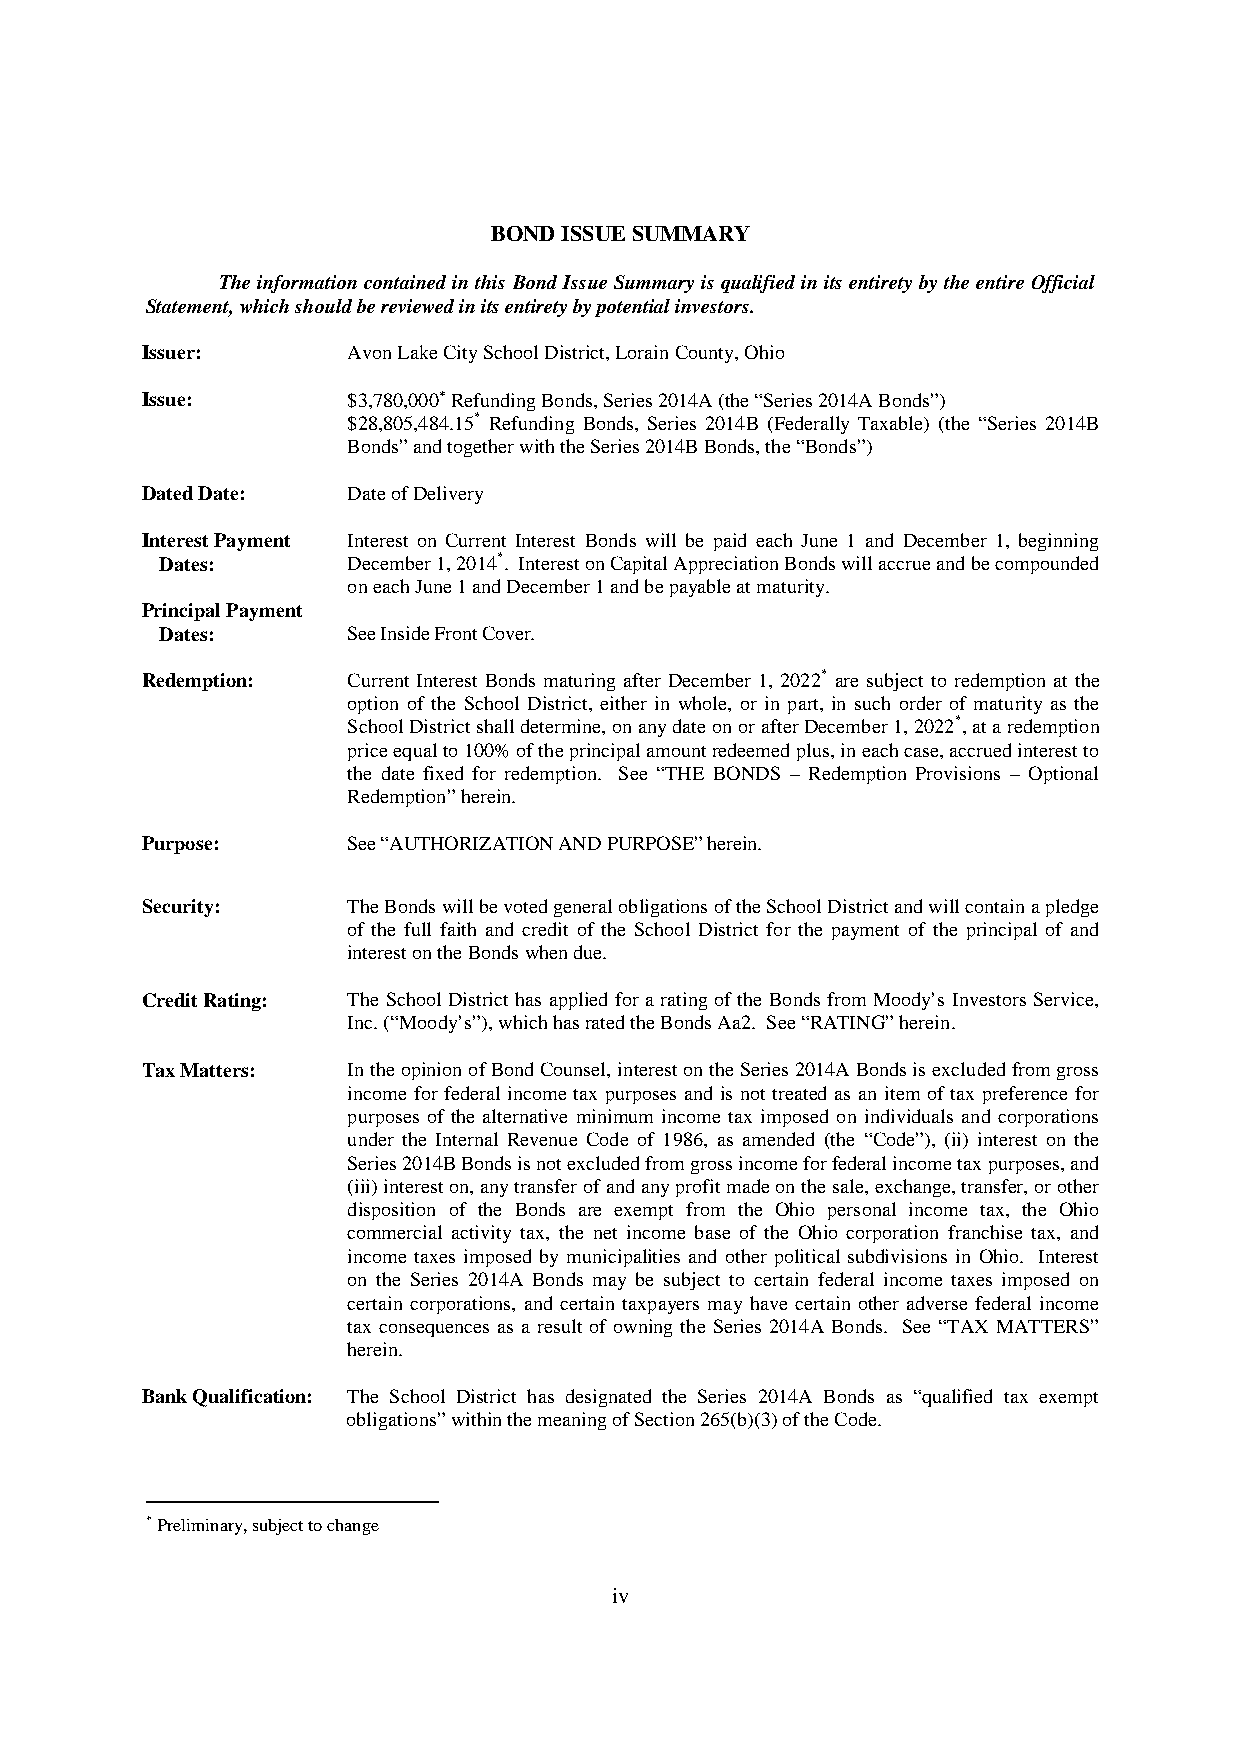
BONDISSUESUMMARY
 The informationcontainedinthis BondIssue Summaryisqualifiedinits entiretybytheentireOfficial
 Statement,whichshouldbereviewedinitsentiretybypotentialinvestors.
 Issuer:       AvonLakeCitySchoolDistrict,LorainCounty,Ohio
 Issue:        $3,780,000RefundingBonds,Series2014A(the“Series2014ABonds”)
 $28,805,484.15* Refunding Bonds, Series 2014B (Federally Taxable) (the “Series 2014B
 Bonds”andtogetherwiththeSeries2014BBonds,the“Bonds”)
 DatedDate:    DateofDelivery
 InterestPayment Interest on Current Interest Bonds will be paid each June 1 and December 1, beginning
 Dates:      December1,2014*. InterestonCapitalAppreciationBondswillaccrueandbecompounded
 oneachJune1andDecember1andbepayableatmaturity.
 PrincipalPayment
 Dates:      SeeInsideFrontCover.
 Redemption:   Current Interest Bonds maturing after December 1, 2022* are subject to redemption at the
 option of the School District, either in whole, or in part, in such order of maturity as the
 SchoolDistrictshalldetermine,onanydateonorafterDecember1,2022*,ataredemption
 priceequalto100%oftheprincipalamountredeemedplus,ineachcase,accruedinterestto
 the date fixed for redemption. See “THE BONDS – Redemption Provisions – Optional
 Redemption”herein.
 Purpose:      See“AUTHORIZATIONANDPURPOSE”herein.
 Security:     TheBondswillbevotedgeneralobligationsoftheSchoolDistrictandwillcontainapledge
 of the full faith and credit of the School District for the payment of the principal of and
 interestontheBondswhendue.
 CreditRating: The School District has applied for a rating of the Bonds from Moody’s Investors Service,
 Inc.(“Moody’s”),whichhasratedtheBondsAa2. See“RATING”herein.
 TaxMatters:   IntheopinionofBondCounsel,interestontheSeries2014ABondsisexcludedfromgross
 income for federal income tax purposes and is not treated as an item of tax preference for
 purposes of the alternative minimum income tax imposed on individuals and corporations
 under the Internal Revenue Code of 1986, as amended (the “Code”), (ii) interest on the
 Series2014BBondsisnotexcludedfromgrossincomeforfederalincometaxpurposes,and
 (iii)intereston,anytransferofandanyprofitmadeonthesale,exchange,transfer,orother
 disposition of the Bonds are exempt from the Ohio personal income tax, the Ohio
 commercial activity tax, the net income base of the Ohio corporation franchise tax, and
 income taxes imposed by municipalities and other political subdivisions in Ohio. Interest
 on the Series 2014A Bonds may be subject to certain federal income taxes imposed on
 certain corporations, and certain taxpayers may have certain other adverse federal income
 tax consequences as a result of owning the Series 2014A Bonds. See “TAX MATTERS”
 herein.
 BankQualification: The School District has designated the Series 2014A Bonds as “qualified tax exempt
 obligations”withinthemeaningofSection265(b)(3)oftheCode.
 Preliminary,subjecttochange
 iv